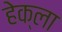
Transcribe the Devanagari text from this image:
हेक्ला